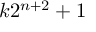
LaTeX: k 2 ^ { n + 2 } + 1